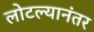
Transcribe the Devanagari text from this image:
लोटल्‍यानंतर